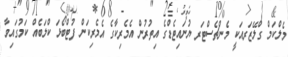
މެލްކަމް ގްލޭޒަރއަކީ މެންޗެސްޓަރ ޔުނައިޓެޑްގެ އިތުރުން އެމެރިކާގެ އެމެރިކަން ފުޓްބޯޅަ ކްލަބެއް ކަމުގައިވާ